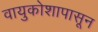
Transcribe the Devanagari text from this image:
वायुकोशापासून